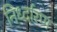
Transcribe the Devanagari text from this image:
निर्ध्दारण